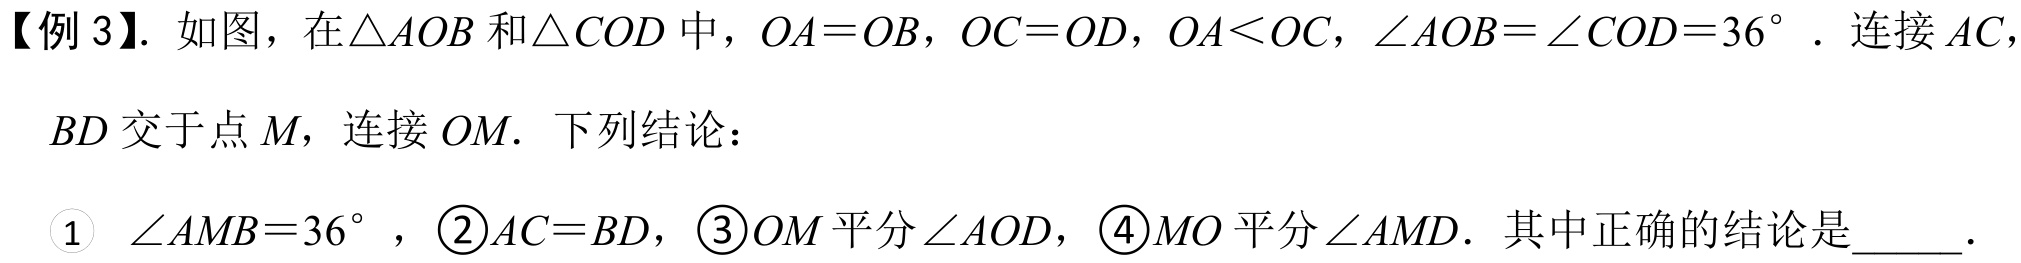
【例 3】. 如图，在$\triangle AOB$和$\triangle COD$中，$OA = OB$，$OC = OD$，$OA<OC$，$\angle AOB=\angle COD = 36^{\circ}$. 连接$AC$，
$BD$交于点$M$，连接$OM$. 下列结论：
\textcircled{1} $\angle AMB = 36^{\circ}$，\textcircled{2}$AC = BD$，\textcircled{3}$OM$平分$\angle AOD$，\textcircled{4}$MO$平分$\angle AMD$. 其中正确的结论是_____.